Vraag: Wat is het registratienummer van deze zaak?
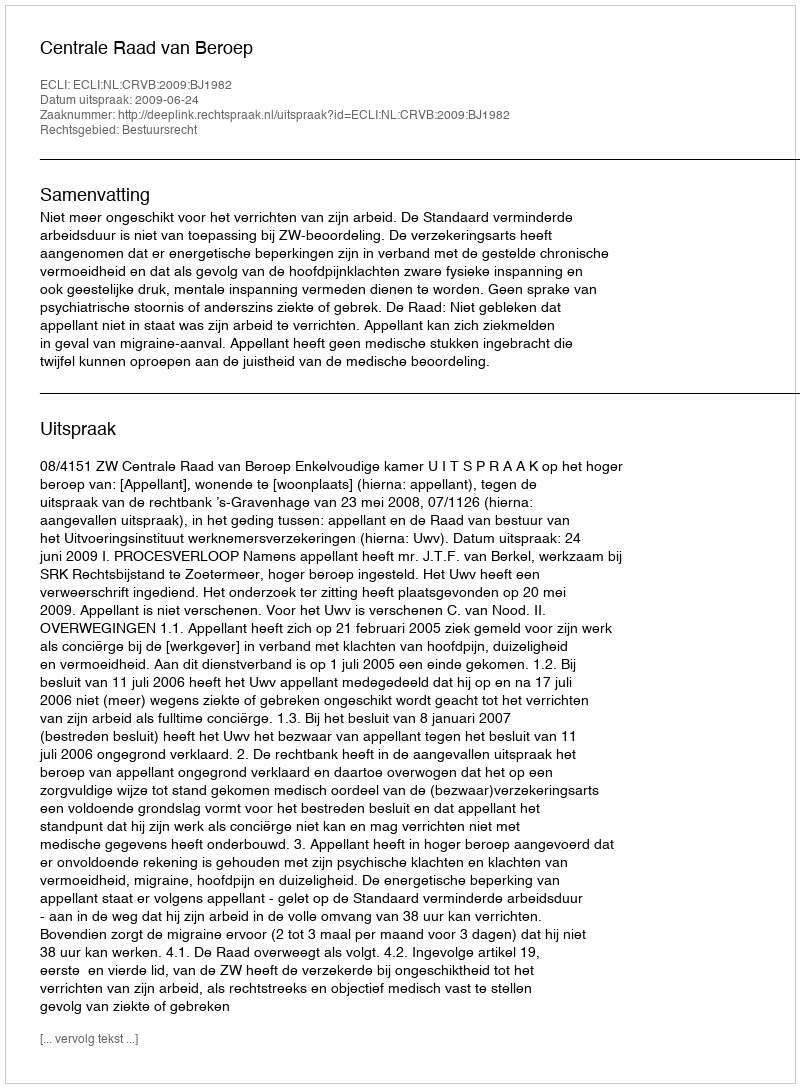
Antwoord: http://deeplink.rechtspraak.nl/uitspraak?id=ECLI:NL:CRVB:2009:BJ1982